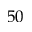
5 0